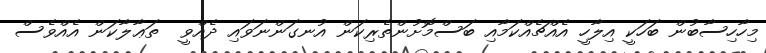
މިހާހިސާބުން ބަހަކީ އިލާހީ އެއްޗެއްކަމާއި ބަސްމޮށުންތެރިކަން އުނގަންނަވައި ދެއްވީ  ތަޢާލާކަން އެއްވެސް